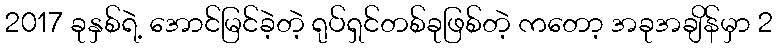
2017 ခုနှစ်ရဲ့ အောင်မြင်ခဲ့တဲ့ ရုပ်ရှင်တစ်ခုဖြစ်တဲ့ ကတော့ အခုအချိန်မှာ 2